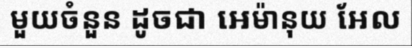
មួយចំនួន ដូចជា អេម៉ានុយ អែល